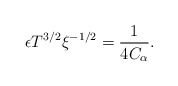
\begin{align*} \epsilon T^{3/2} \xi^{-1/2} = \frac{1}{4C_\alpha}. \end{align*}